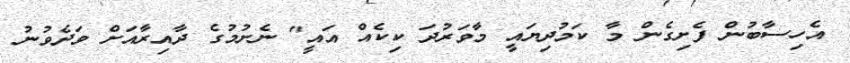
އެހިސާބުން ފެށިގެން މާ ކަމުދިޔައީ މާވަރުދަ ކިކެއް އައީ" ނެށުމުގެ ދާއިރާއަށް ވަދެވުނު